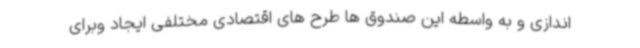
اندازی و به واسطه این صندوق ها طرح های اقتصادی مختلفی ایجاد وبرای